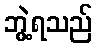
ဘွဲ့ရသည်